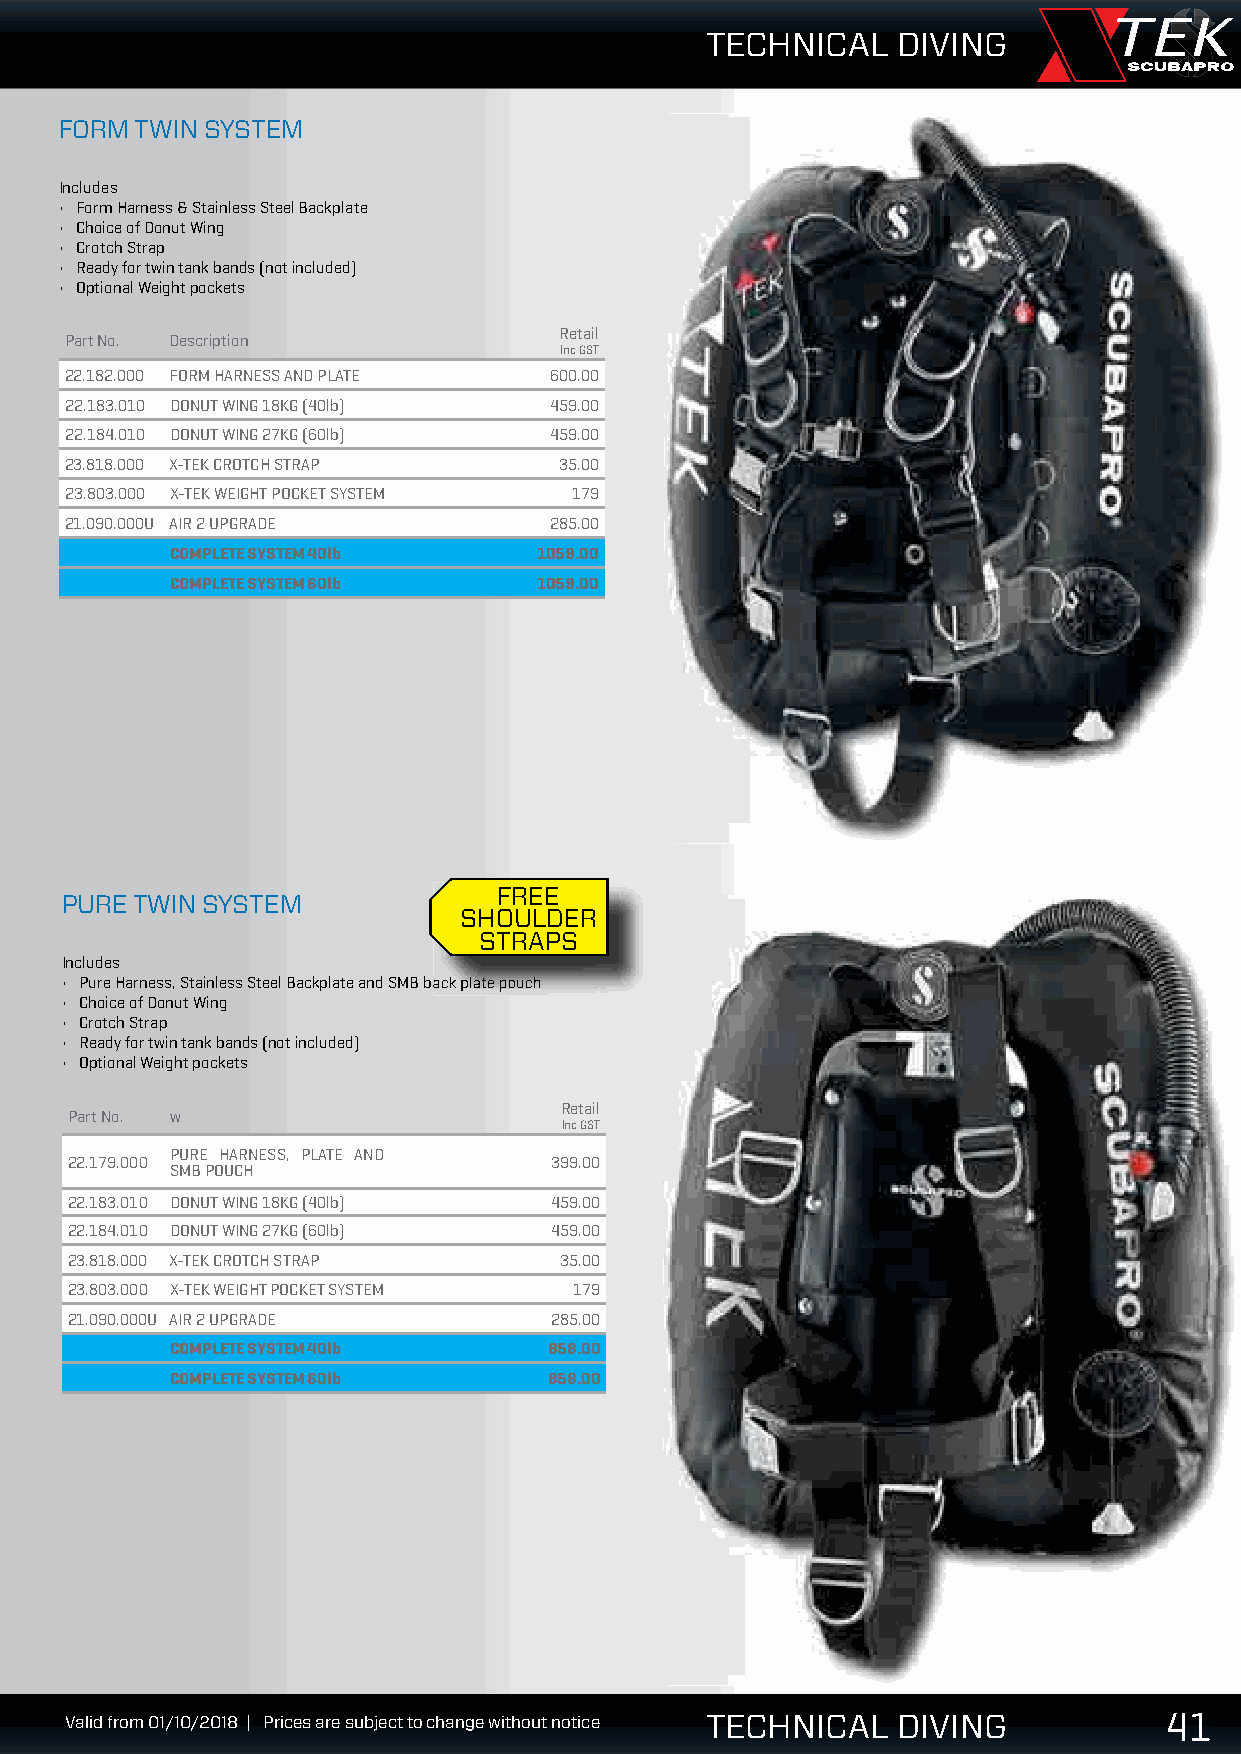
TECHNICAL   DIVING
 FORM TWIN SYSTEM
 Includes
 • Form Harness & Stainless Steel Backplate
 • Choice of Donut Wing
 • Crotch Strap
 • Ready for twin tank bands (not included)
 • Optional Weight pockets
 Retail
 Part No. Description
 Inc GST
 22.182.000 FORM HARNESS AND PLATE 600.00
 22.183.010 DONUT WING 18KG (40lb) 459.00
 22.184.010 DONUT WING 27KG (60lb) 459.00
 23.818.000 X-TEK CROTCH STRAP    35.00
 23.803.000 X-TEK WEIGHT POCKET SYSTEM 179
 21.090.000U AIR 2 UPGRADE       285.00
 COMPLETE SYSTEM 40lb     1059.00
 COMPLETE SYSTEM 60lb     1059.00
 FREE
 PURE TWIN SYSTEM
 SHOULDER
 STRAPS
 Includes
 • PPuurree HHaarrnneessss,, SSttaaiinnlleessss SStteeeell BBaacckkppllaattee aanndd SSMMBB bbaacckk ppllaattee ppoouucchh
 • Choice of Donut Wing
 • Crotch Strap
 • Ready for twin tank bands (not included)
 • Optional Weight pockets
 Retail
 Part No. w
 Inc GST
 PURE HARNESS, PLATE AND
 22.179.000                      399.00
 SMB POUCH
 22.183.010 DONUT WING 18KG (40lb) 459.00
 22.184.010 DONUT WING 27KG (60lb) 459.00
 23.818.000 X-TEK CROTCH STRAP    35.00
 23.803.000 X-TEK WEIGHT POCKET SYSTEM 179
 21.090.000U AIR 2 UPGRADE       285.00
 COMPLETE SYSTEM 40lb     858.00
 COMPLETE SYSTEM 60lb     858.00
 444111
 VVVaaallliiiddd fffrrrooommm 000111///111000///222000111888 ||| PPPrrriiiccceeesss aaarrreee sssuuubbbjjjeeecccttt tttooo ccchhhaaannngggeee wwwiiittthhhooouuuttt nnnoootttiiiccceee TECHNICAL DIVING